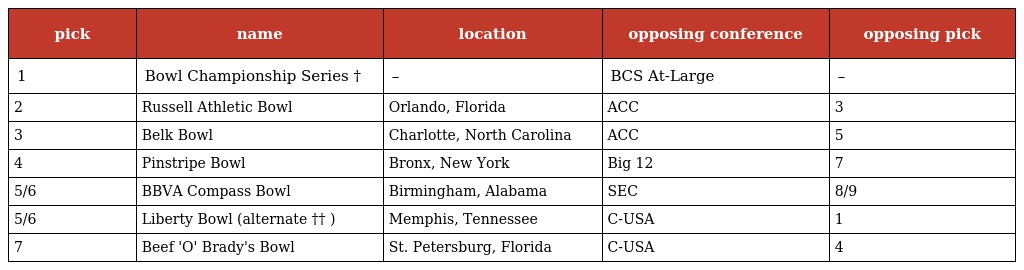
| pick | name | location | opposing conference | opposing pick |
 | --- | --- | --- | --- | --- |
 | 1 | Bowl Championship Series † | – | BCS At-Large | – |
 | 2 | Russell Athletic Bowl | Orlando, Florida | ACC | 3 |
 | 3 | Belk Bowl | Charlotte, North Carolina | ACC | 5 |
 | 4 | Pinstripe Bowl | Bronx, New York | Big 12 | 7 |
 | 5/6 | BBVA Compass Bowl | Birmingham, Alabama | SEC | 8/9 |
 | 5/6 | Liberty Bowl (alternate †† ) | Memphis, Tennessee | C-USA | 1 |
 | 7 | Beef 'O' Brady's Bowl | St. Petersburg, Florida | C-USA | 4 |